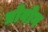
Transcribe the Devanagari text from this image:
प्रोवोग